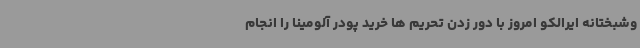
وشبختانه ایرالکو امروز با دور زدن تحریم ها خرید پودر آلومینا را انجام